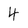
Character: 4